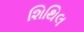
શિથિલ